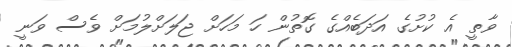
ވާތީ އެ ކުށުގެ އަދަބެއްގެ ގޮތުން ހަ މަހަށް ޖަލަށްލުމަށް ވެސް ވަނީ